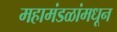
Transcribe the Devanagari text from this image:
महामंडळांमधून